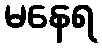
မနေရ